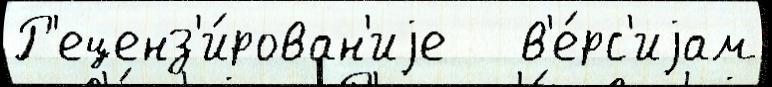
Р'еценз'и́рован'иjе   в'е́рс'иjам